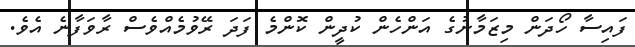
ފައިސާ ހޯދަން މިޒަމާނުގެ އަންހެން ކުދީން ކޮންމެ ފަދަ ރޭވުމެއްވެސް ރާވަފާނެ އެވެ.